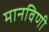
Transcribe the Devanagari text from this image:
मानविणी